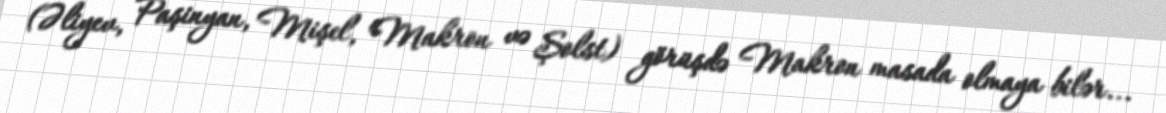
(Əliyev, Paşinyan, Mişel, Makron və Şolst) görüşdə Makron masada olmaya bilər...